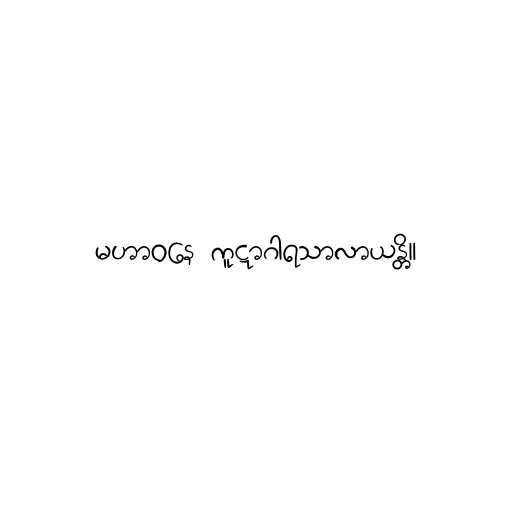
မဟာဝနေ ကူဋာဂါရသာလာယန္တိ။